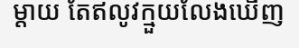
ម្តាយ តែឥលូវក្មួយលែងឃើញ